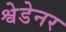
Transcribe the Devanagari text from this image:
श्वेडेनर